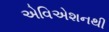
એવિએશનથી